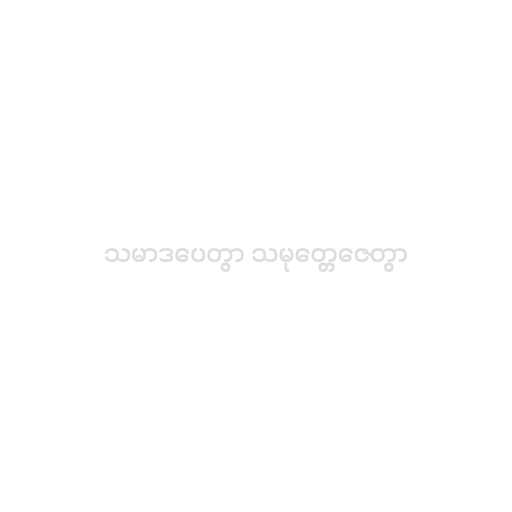
သမာဒပေတွာ သမုတ္တေဇေတွာ